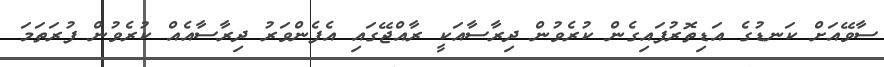
ސާވޭއަށް ކަނޑުގެ އަޑިތޮރުފައިގެން ކުރެވުން ދިރާސާއަކީ ރާއްޖޭގައި އެފެންވަރު ދިރާސާއެއް ކުރެވުން ފުރަތަމަ